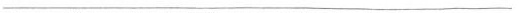
___